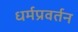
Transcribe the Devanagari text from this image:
धर्मप्रवर्तन